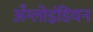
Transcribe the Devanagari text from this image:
अँग्लोइंडियन